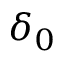
\delta _ { 0 }